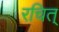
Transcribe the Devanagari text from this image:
रचित्